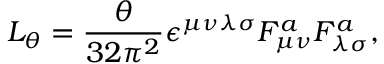
{ \cal L } _ { \theta } = \frac { \theta } { 3 2 { \pi } ^ { 2 } } \epsilon ^ { \mu \nu \lambda \sigma } F _ { \mu \nu } ^ { a } F _ { \lambda \sigma } ^ { a } ,